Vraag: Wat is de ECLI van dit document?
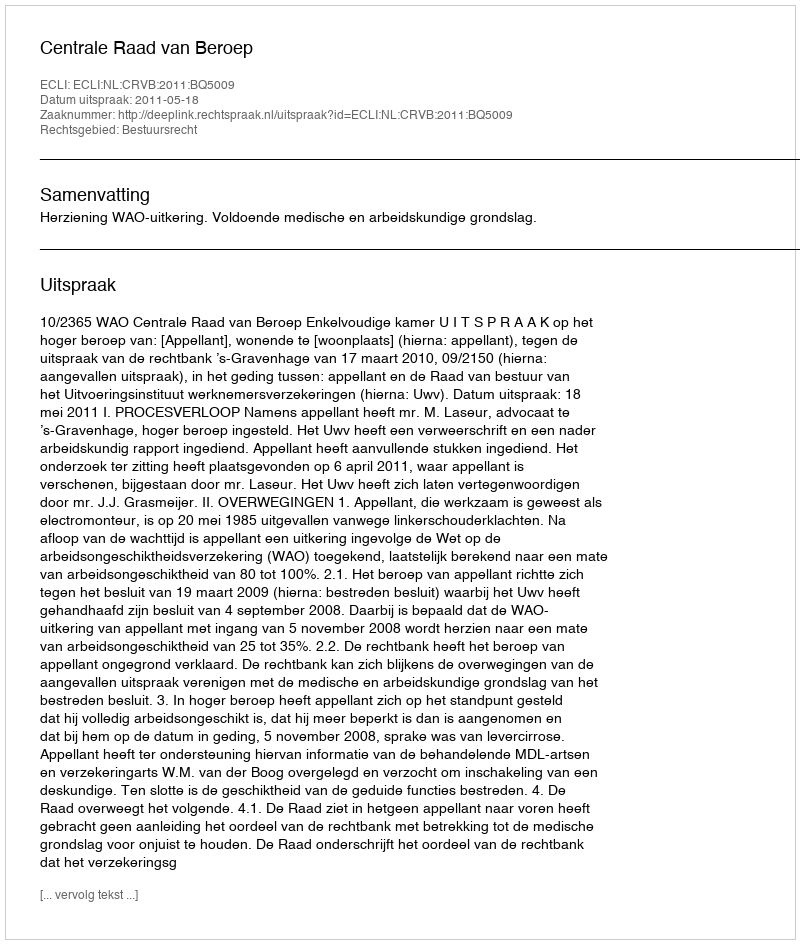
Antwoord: ECLI:NL:CRVB:2011:BQ5009